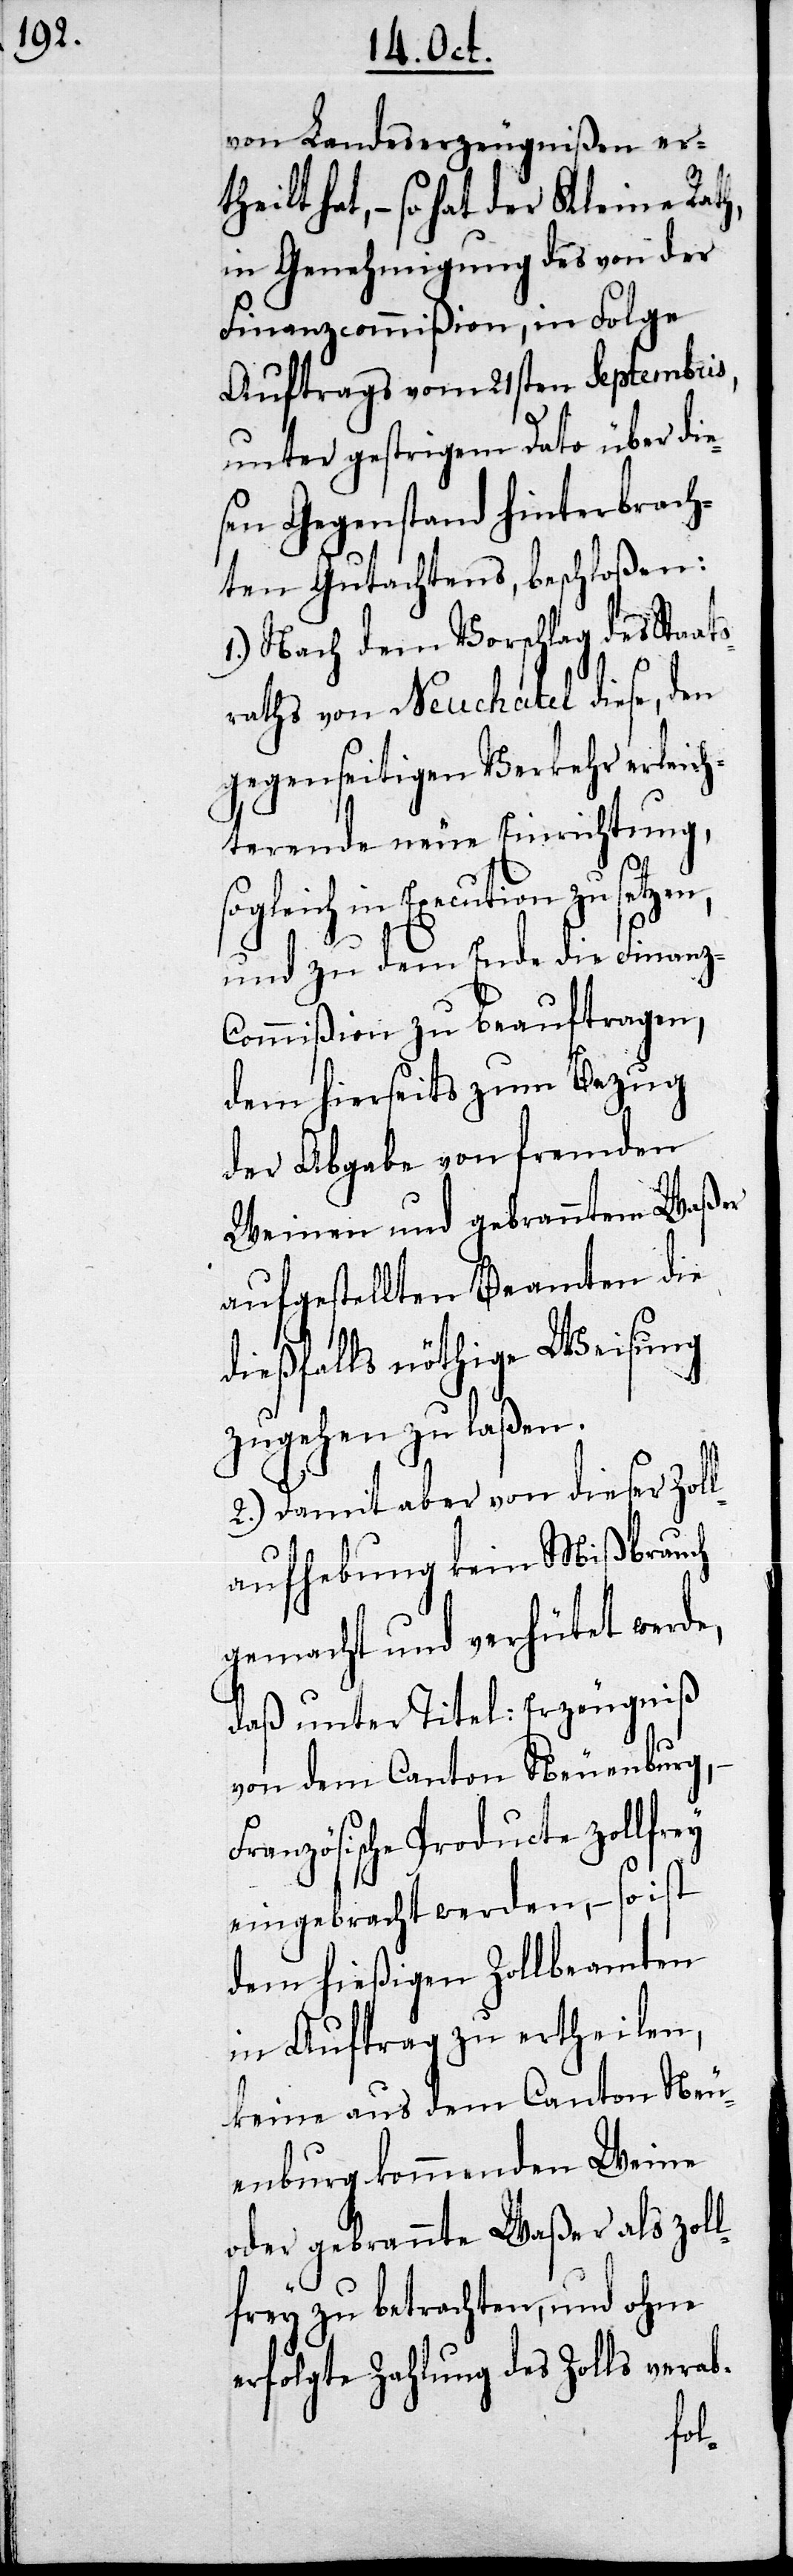
von Landeserzeugnißen ert¬
heilt hat, – so hat der Kleine Rath
in Genehmigung des von der
Finanzcommißion, in Folge
Auftrags vom 21sten Septembris,
unter gestrigem Dato über die¬
sen Gegenstand hinterbrach¬
ten Gutachtens, beschloßen:
1.) Nach dem Vorschlag des Staat¬
sraths von Neuchatel diese, den
gegenseitigen Verkehr erleich¬
terende neue Einrichtung,
Verhalt des hießigen
und zu dem Ende hin die Finanz-C¬
ommißion zu beauftragen,
dem hierseits zum Bezug
der Abgabe von fremden
Weinen und gebranntem Waßer
aufgestellten Beamten die
dießfalls nöthige Weisung
gen zu laßen,
2.) Damit aber von dieser Zol¬
Aufhebung der bisherigen
gemacht und verhütet werd¬
daß unter Titel: Erzeugnis
nach dem Canton Neuenburg
Französische Producte zollfrey
eingebracht werden, – so ist
dem hießigen Zollbeamten
in Auftrag zu ertheilen,
keine aus dem Canton Neu¬
enburg kommenden Weine
oder gebrannte Waßer als zol¬
lfrey zu betrachten, und ohne
erfolgte Zahlung des Zolls verab-
fol¬